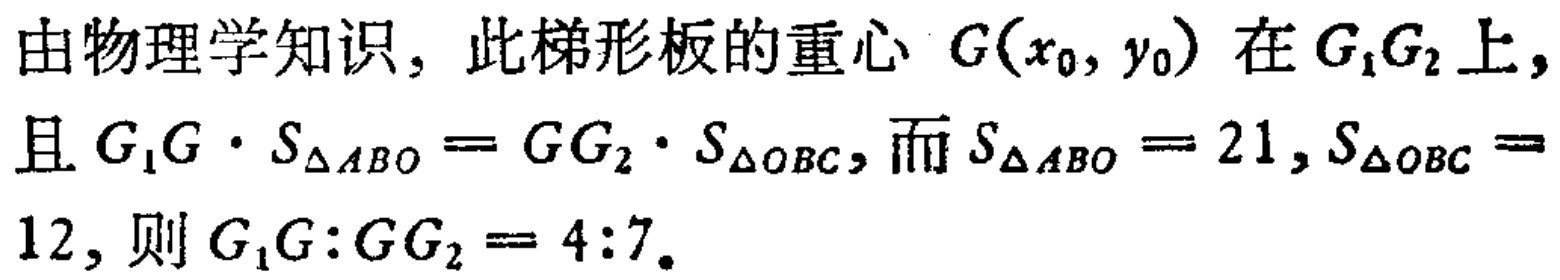
由物理学知识, 此梯形板的重心 \(G(x_{0},y_{0})\) 在 \(G_{1}G_{2}\) 上, 且 \(G_{1}G\cdot S_{\triangle ABO}=GG_{2}\cdot S_{\triangle OBC}\), 而 \(S_{\triangle ABO}=21,S_{\triangle OBC}=12\), 则 \(G_{1}G:GG_{2}=4:7\).